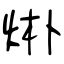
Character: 烞